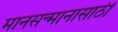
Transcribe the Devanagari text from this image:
मानसन्मानासाठी